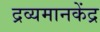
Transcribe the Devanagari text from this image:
द्रव्यमानकेंद्र